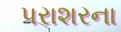
પરાશરના